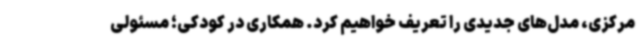
مرکزی، مدل‌های جدیدی را تعریف خواهیم کرد. همکاری در کودکی؛ مسئولی